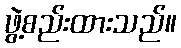
ဖွဲ့စည်းထားသည်။